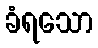
ခံရသော